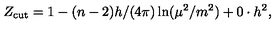
Z _ { \mathrm { c u t } } = 1 - ( n - 2 ) h / ( 4 \pi ) \ln ( \mu ^ { 2 } / m ^ { 2 } ) + 0 \cdot h ^ { 2 } ,